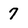
Character: 7